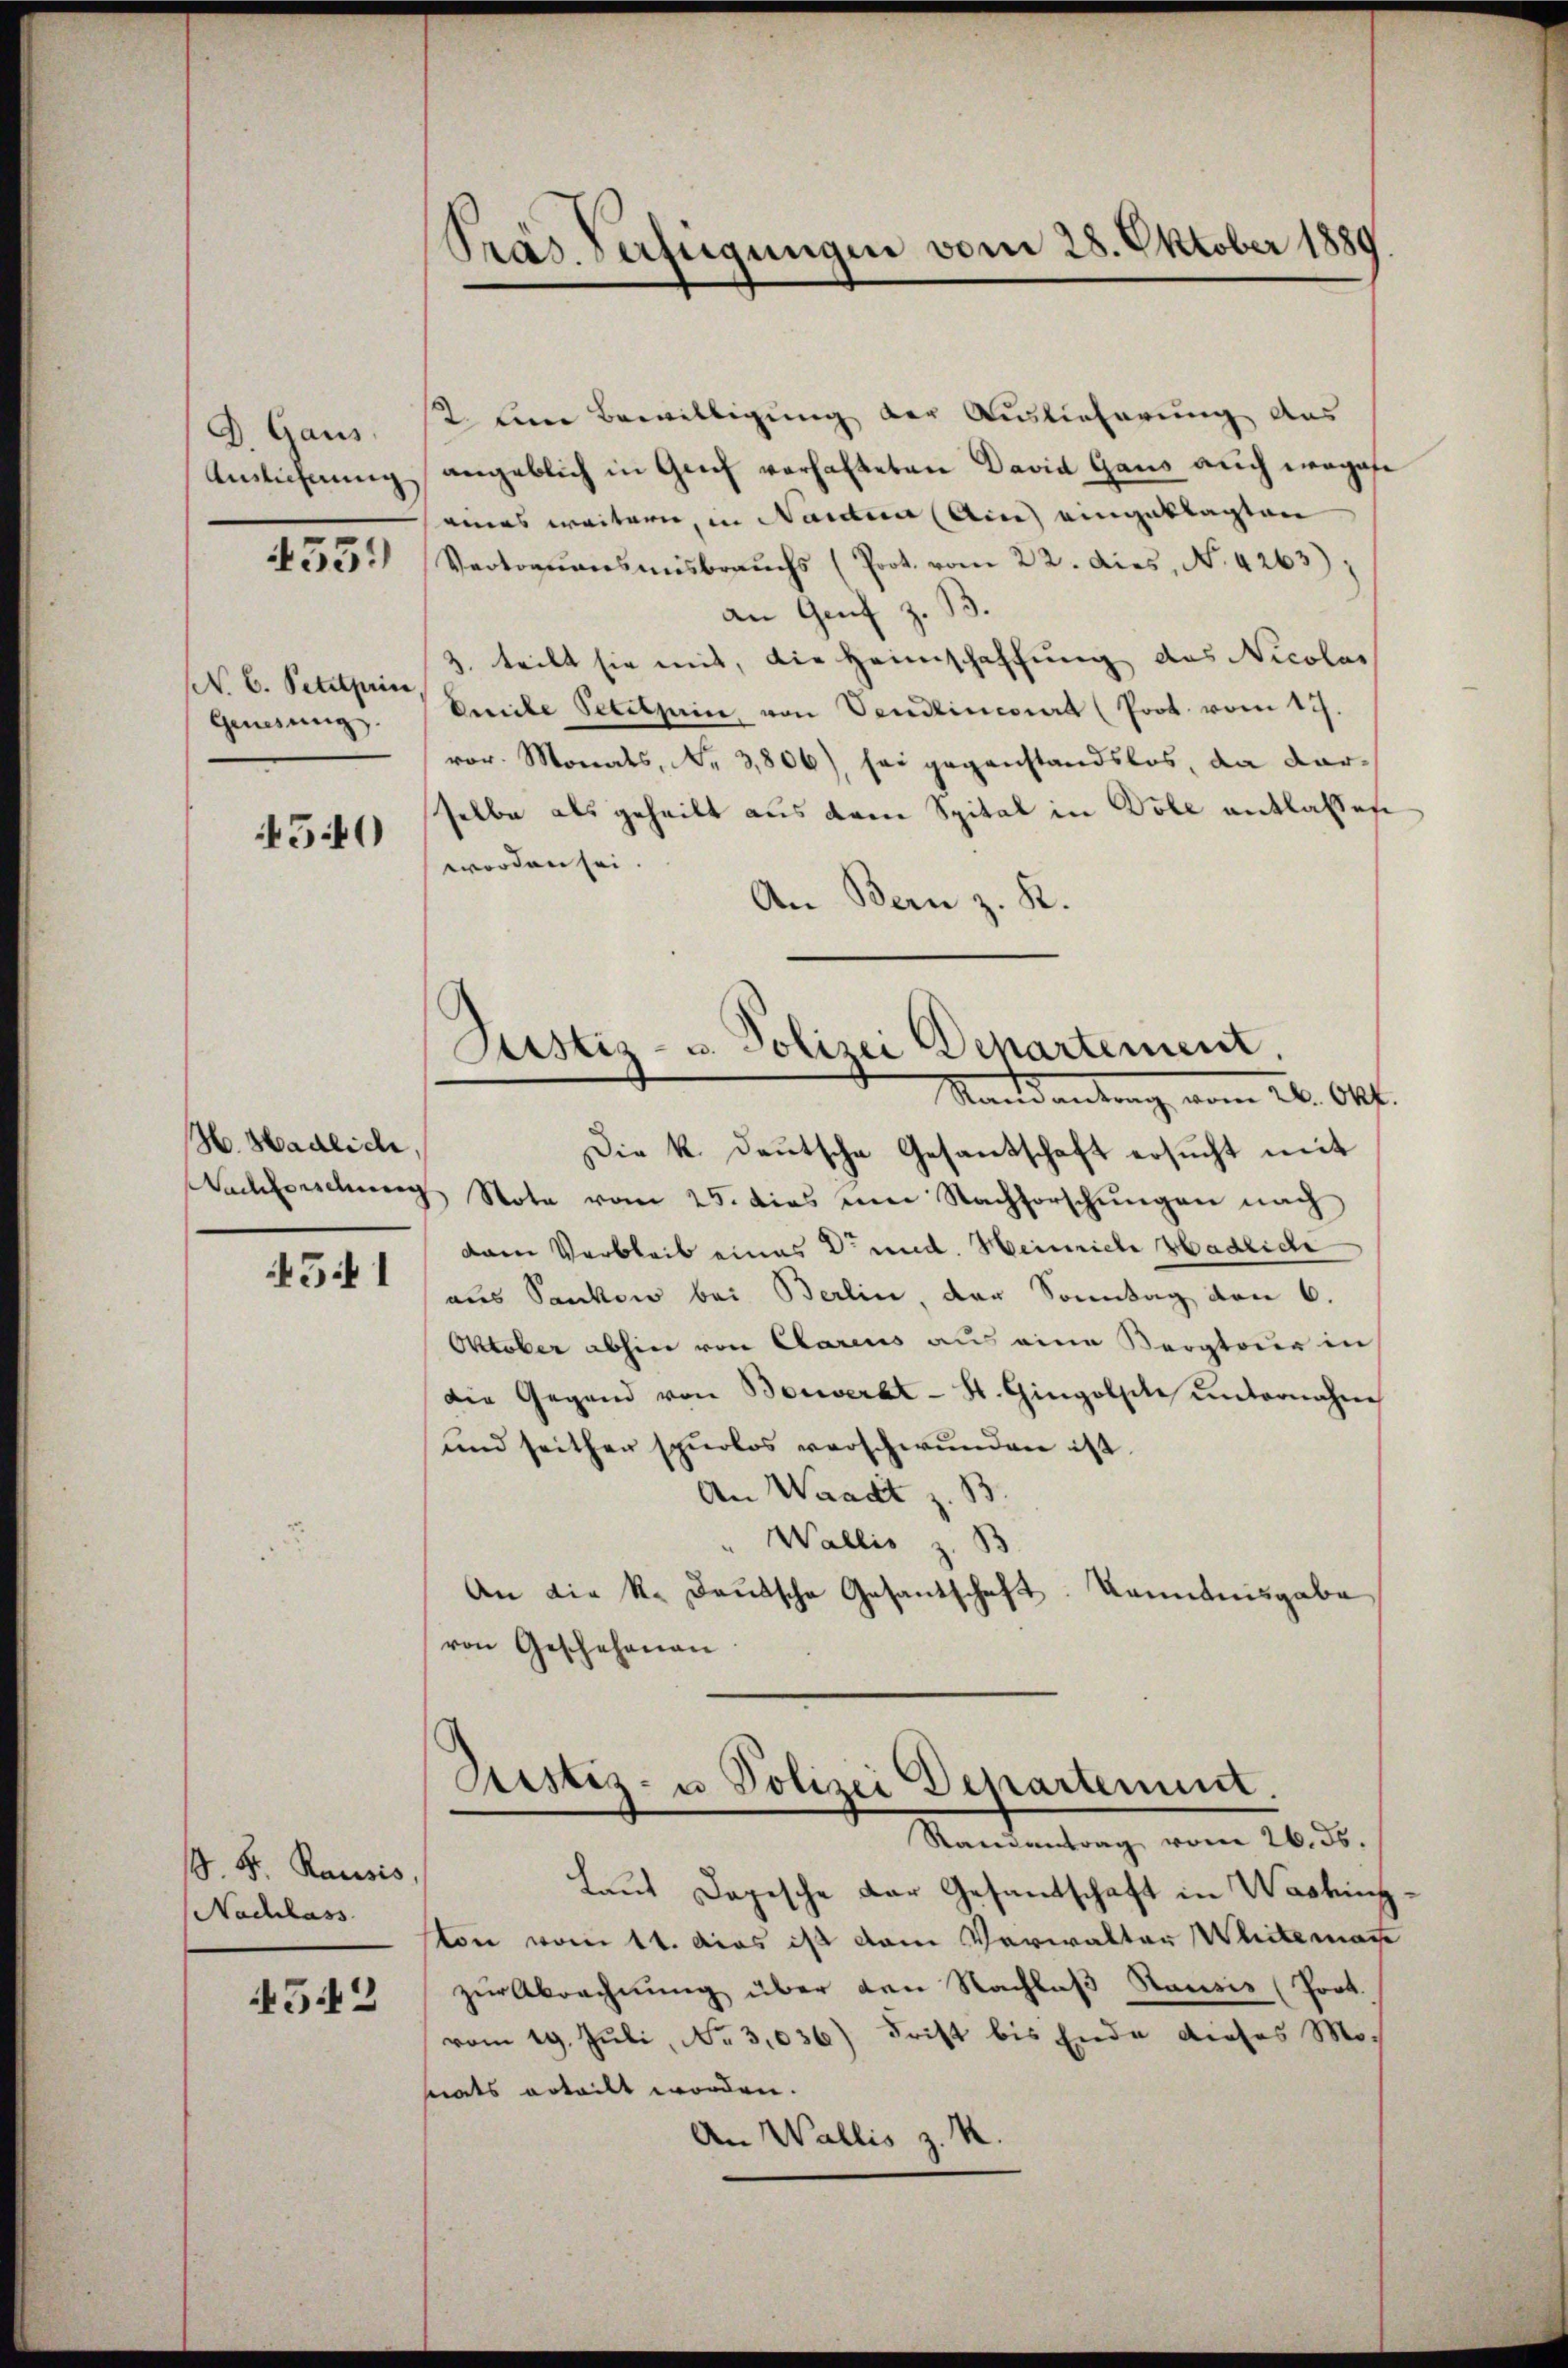
D Gaus
Auslieferung

4351)

N. C. Petitprin
Genesung.

540

H. Hadliche

541

. K. Rausis,
Nachlass

512

Präs. Verfügungen vom 28. Oktober 1880

Justiz- u. Polizei Departement
Mandantung vom 26. Okt.

2. Eine Bewilligung der Auslieferung aus
angeblich in Genf vorhalteten David Gaus auch wegese
seines weitern, in Nanten (Ain) eingeklagten
Vertrauensmisbrauchs (Prot. vom 22. dies, No. 4263);
an Genf z. B.
3. teilt sie mit, die Heimschaffung des Nicolar
beibe Petitzerin von Vendlinciert (Prot. vom 12.
vor. Monats, Nr. 3806), sei gegenstandslos, da darselbe als geheilt aus dem Spital in Dole entlassen
worden sei.
An Bern z. K.
Die k. deŭtsche Gesandschaft ersŭcht mit
Nachforschung Note vom 25. dies eine Nachforschŭngen nach
dann Verbleib eines Dr und. Heinriche Hadliche
aus Sankon bei Berlin, der Sonntag den 6.
Oktober abhin von Clarius aus eine Bergtour in
die Gegend von Borerbt - St. Gingolfele unternahme
und seither spurlos verschwunden ist
An Waadt z. B.
Wallis z. B
An die k. Deutsche Gesantschaft. Kanntnisgabe
von Geschehenen

Justiz- u Polizei Departement.
Randantrag vom 26. ds.

Haus Depesche der Gesandschaft in Washing
ton vom 11. das ist vom Verwalter Weitemate
zur Abrechnung über den Nachlaß Sausis (Port.
vom 19. Juli, No 3,036) Frist bis Ende dieses Mosats erteilt worden.
An Wallis z. R.